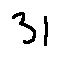
3 1